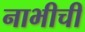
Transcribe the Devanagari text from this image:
नाभीची